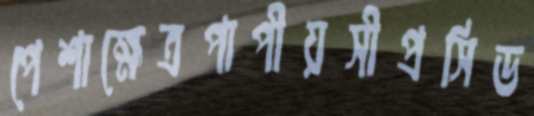
পেশাক্ষেত্রপাপীয়সীপ্রসিড